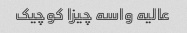
عالیه واسه چیزا کوچیک